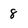
Character: 8